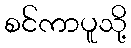
စင်ကာပူသို့